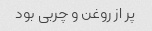
پر از روغن و چربی بود